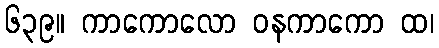
၆၃၉။ ကာကောလော ဝနကာကော ထ၊